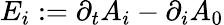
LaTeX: E_{i}:=\partial_{t}A_{i}-\partial_{i}A_{0}